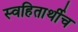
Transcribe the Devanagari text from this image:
स्वहितार्थीच